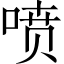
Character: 喷